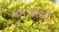
બજાની